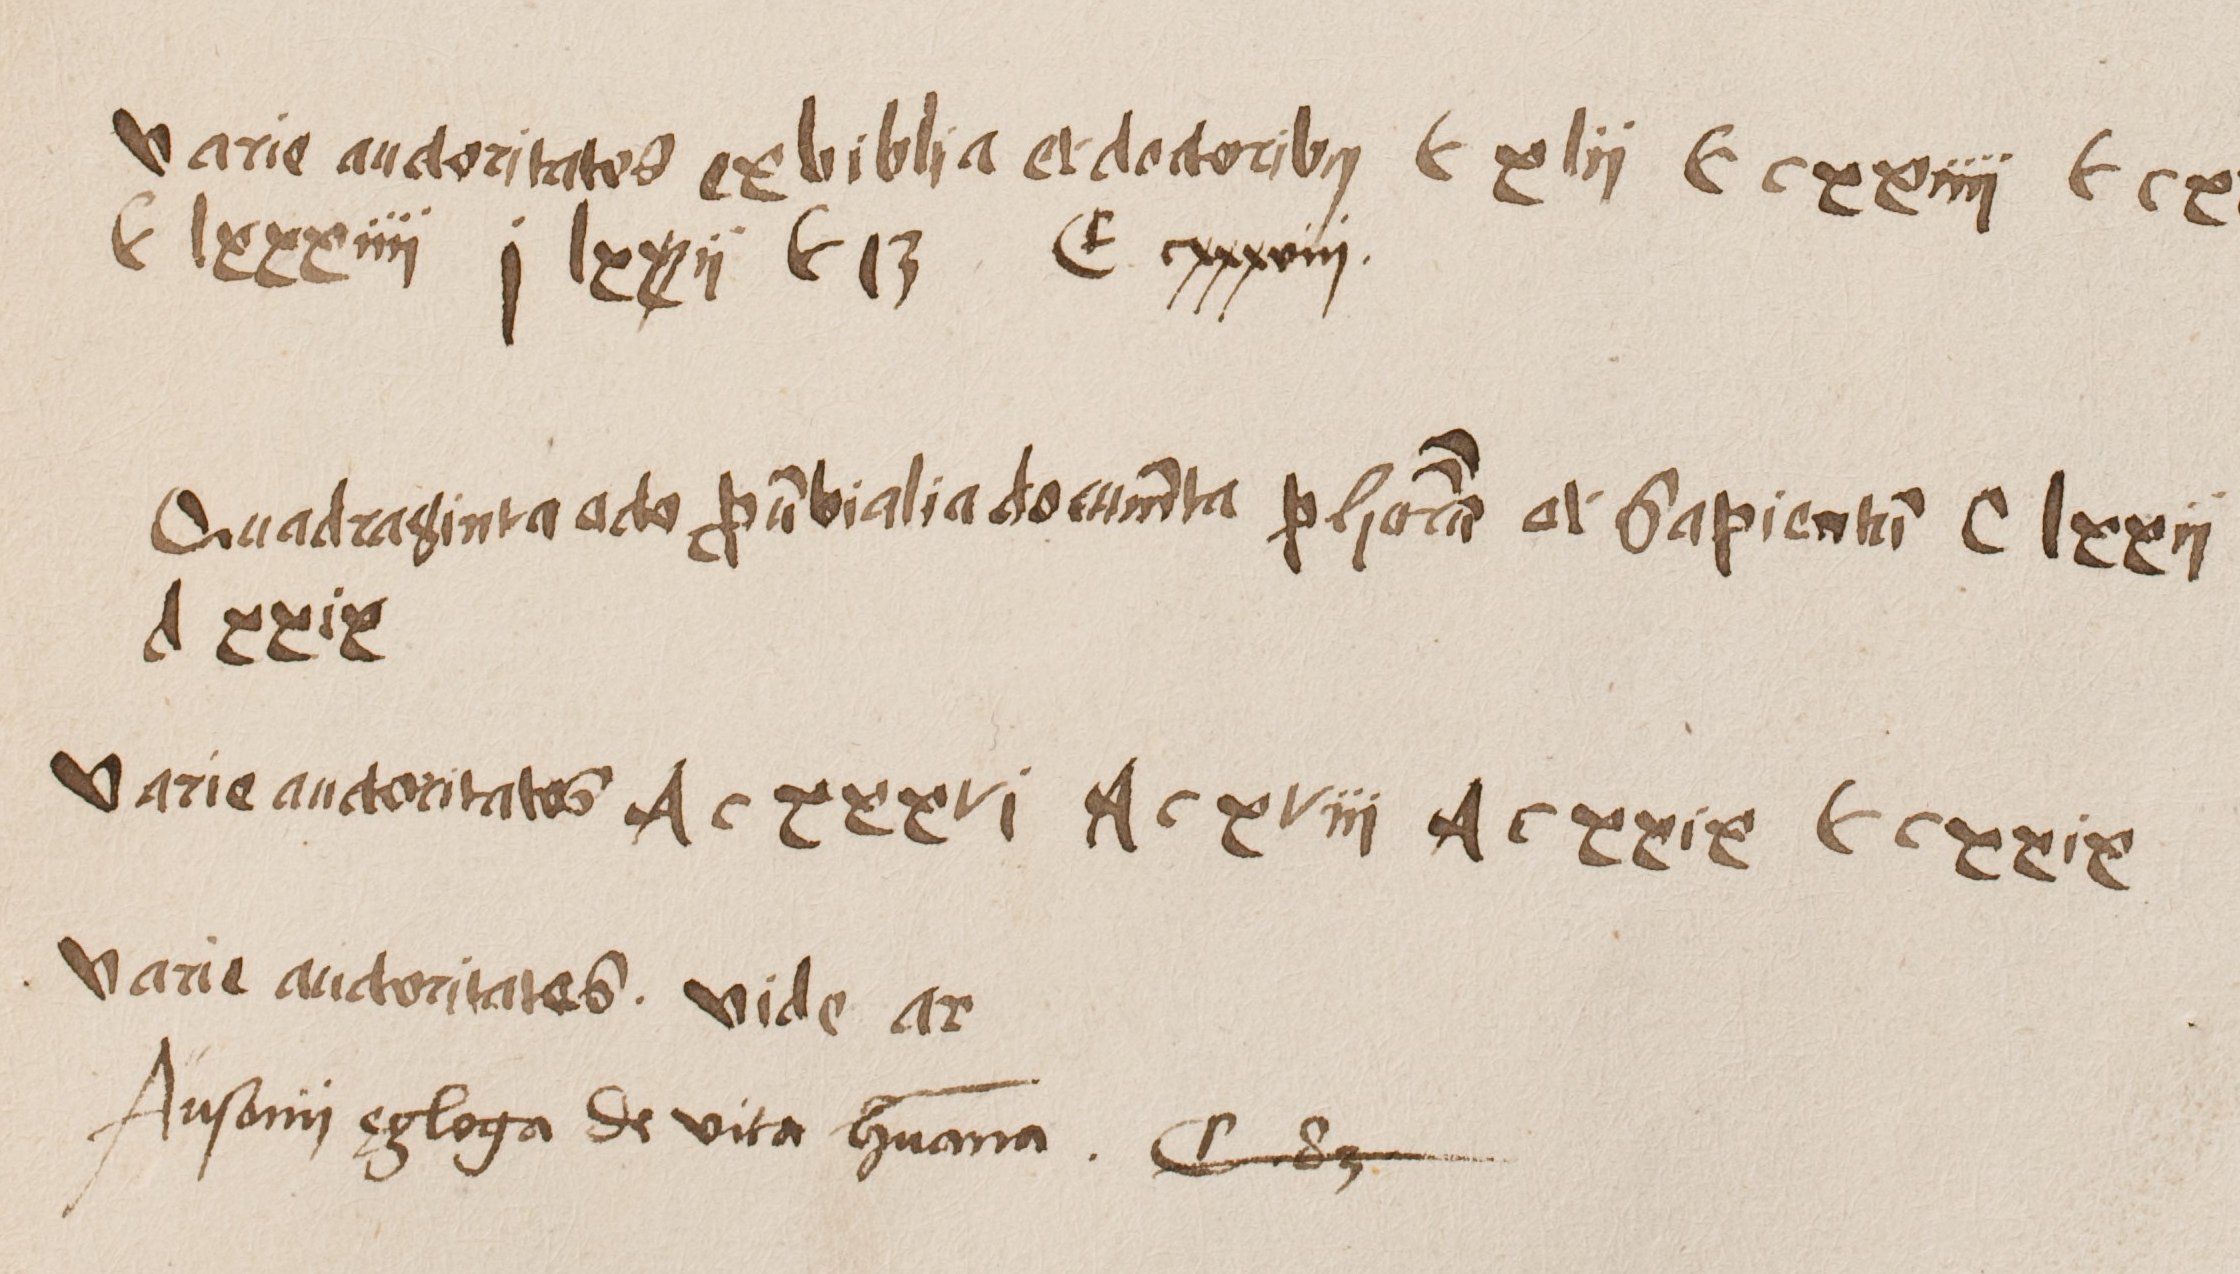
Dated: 1500–1530